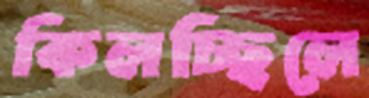
কিলচ্ছিলে